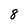
Character: 8